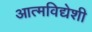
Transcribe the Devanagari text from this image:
आत्मविद्येशी